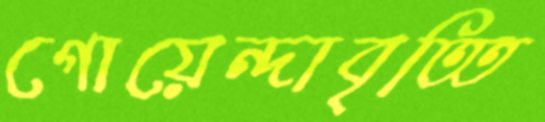
গোয়েন্দাবৃত্তি